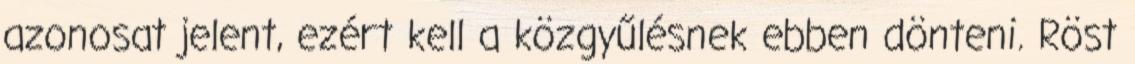
azonosat jelent, ezért kell a közgyűlésnek ebben dönteni. Röst